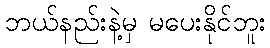
ဘယ်နည်းနဲ့မှ မပေးနိုင်ဘူး